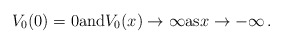
\begin{align*}V_0(0)=0\mathrm{and}V_0(x)\to \infty \mathrm{as}x\to -\infty\,.\end{align*}